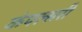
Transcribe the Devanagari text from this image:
कंपल्सरी